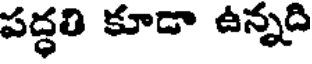
పద్ధతి కూడా ఉన్నది